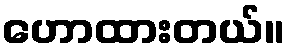
ဟောထားတယ်။